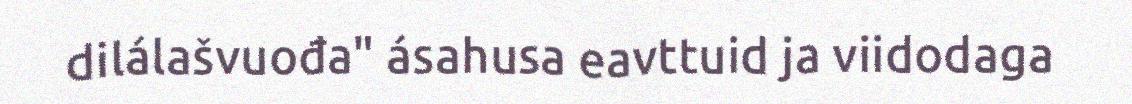
dilálašvuođa" ásahusa eavttuid ja viidodaga